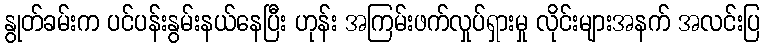
နွုတ်ခမ်းက ပင်ပန်းနွမ်းနယ်နေပြီး ဟုန်း အကြမ်းဖက်လှုပ်ရှားမှု လိုင်းများအနက် အလင်းပြ